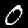
Label: 0